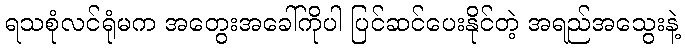
ရသစုံလင်ရုံမက အတွေးအခေါ်ကိုပါ ပြင်ဆင်ပေးနိုင်တဲ့ အရည်အသွေးနဲ့